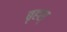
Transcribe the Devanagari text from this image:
बृहस्